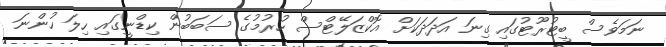
ނަމަވެސް ބީޓުރޫޓުގައި ގިނަ އަދަދަކަށް އޮކްޒަލޭޓްސް ހުރުމުގެ ސަބަބުން ކިޑްނީގައި ހިލަ ހުންނަ